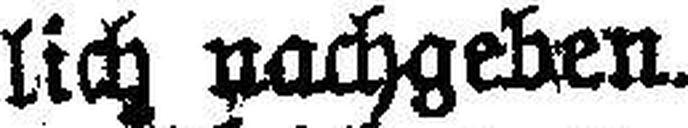
lich nachgeben.